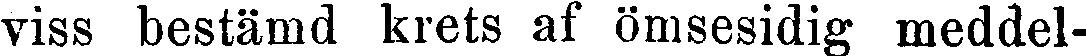
viss bestämd krets af ömsesidig meddel-